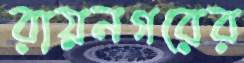
রায়নগরের